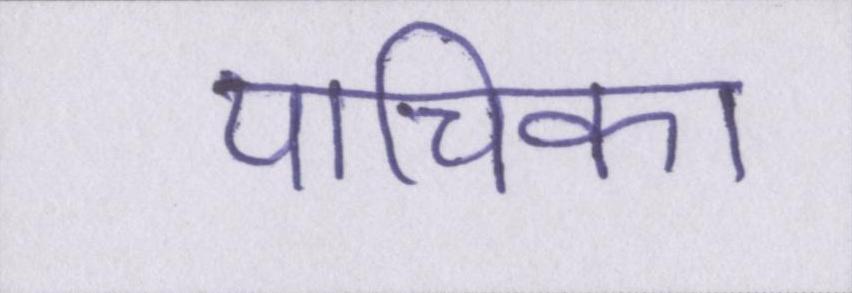
याचिका